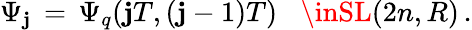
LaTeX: \Psi_{\mathbf{j}}\, =\, \Psi_{q}(\mathbf{j}T,(\mathbf{j}-1)T)\, \, \, \, \, \inSL(2n,R)\, .